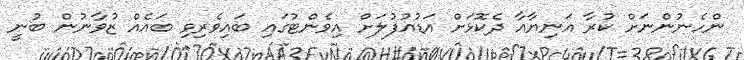
ންހެނުންނަށް ކުރާ އަނިޔާއާ ދެކޮޅަށް އަޑުއުފުލަށް އިވެންޓުގައި ބައިވެރިވި ބައެއް ޒުވާނުން ބުނީ